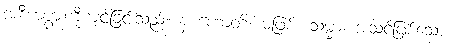
အစီးအပွားကိုကျင့်ခြင်းသည်။ န ဟောတိ၊ မဖြစ်။ သမ္မာ၊ အသင့်ဖြစ်သော